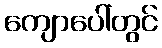
ကျောပေါ်တွင်